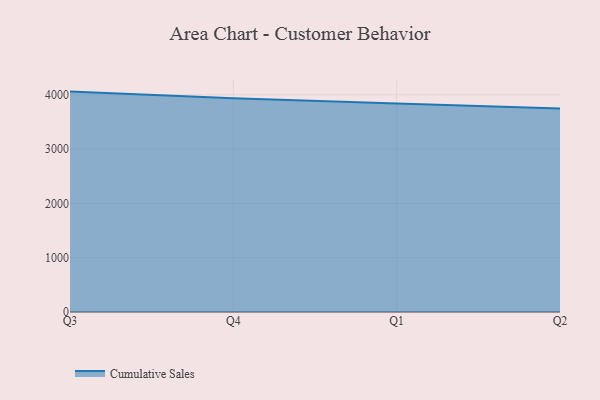
{"axis": {"x": "Quarter", "y": "Waste Production (Tons)"}, "legend": ["Cumulative Sales"], "data": [{"x": "Q3", "y": 4059.1, "type": "Cumulative Sales"}, {"x": "Q4", "y": 3935.9, "type": "Cumulative Sales"}, {"x": "Q1", "y": 3840.6, "type": "Cumulative Sales"}, {"x": "Q2", "y": 3747.6, "type": "Cumulative Sales"}]}